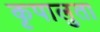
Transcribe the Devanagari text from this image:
कृपालुता